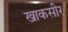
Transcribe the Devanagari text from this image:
खाकसीर